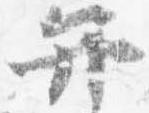
弁